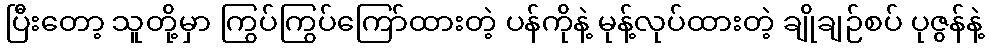
ပြီးတော့ သူတို့မှာ ကြွပ်ကြွပ်ကြော်ထားတဲ့ ပန်ကိုနဲ့ မုန့်လုပ်ထားတဲ့ ချိုချဉ်စပ် ပုဇွန်နဲ့